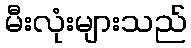
မီးလုံးများသည်